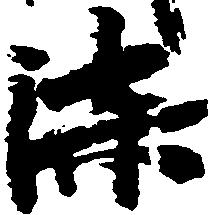
漆